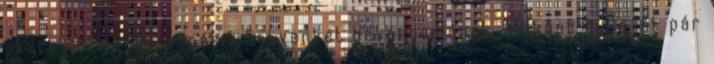
akárcsak annak a másik hetvenkét bevándorlónak, akiknek hulláját pár